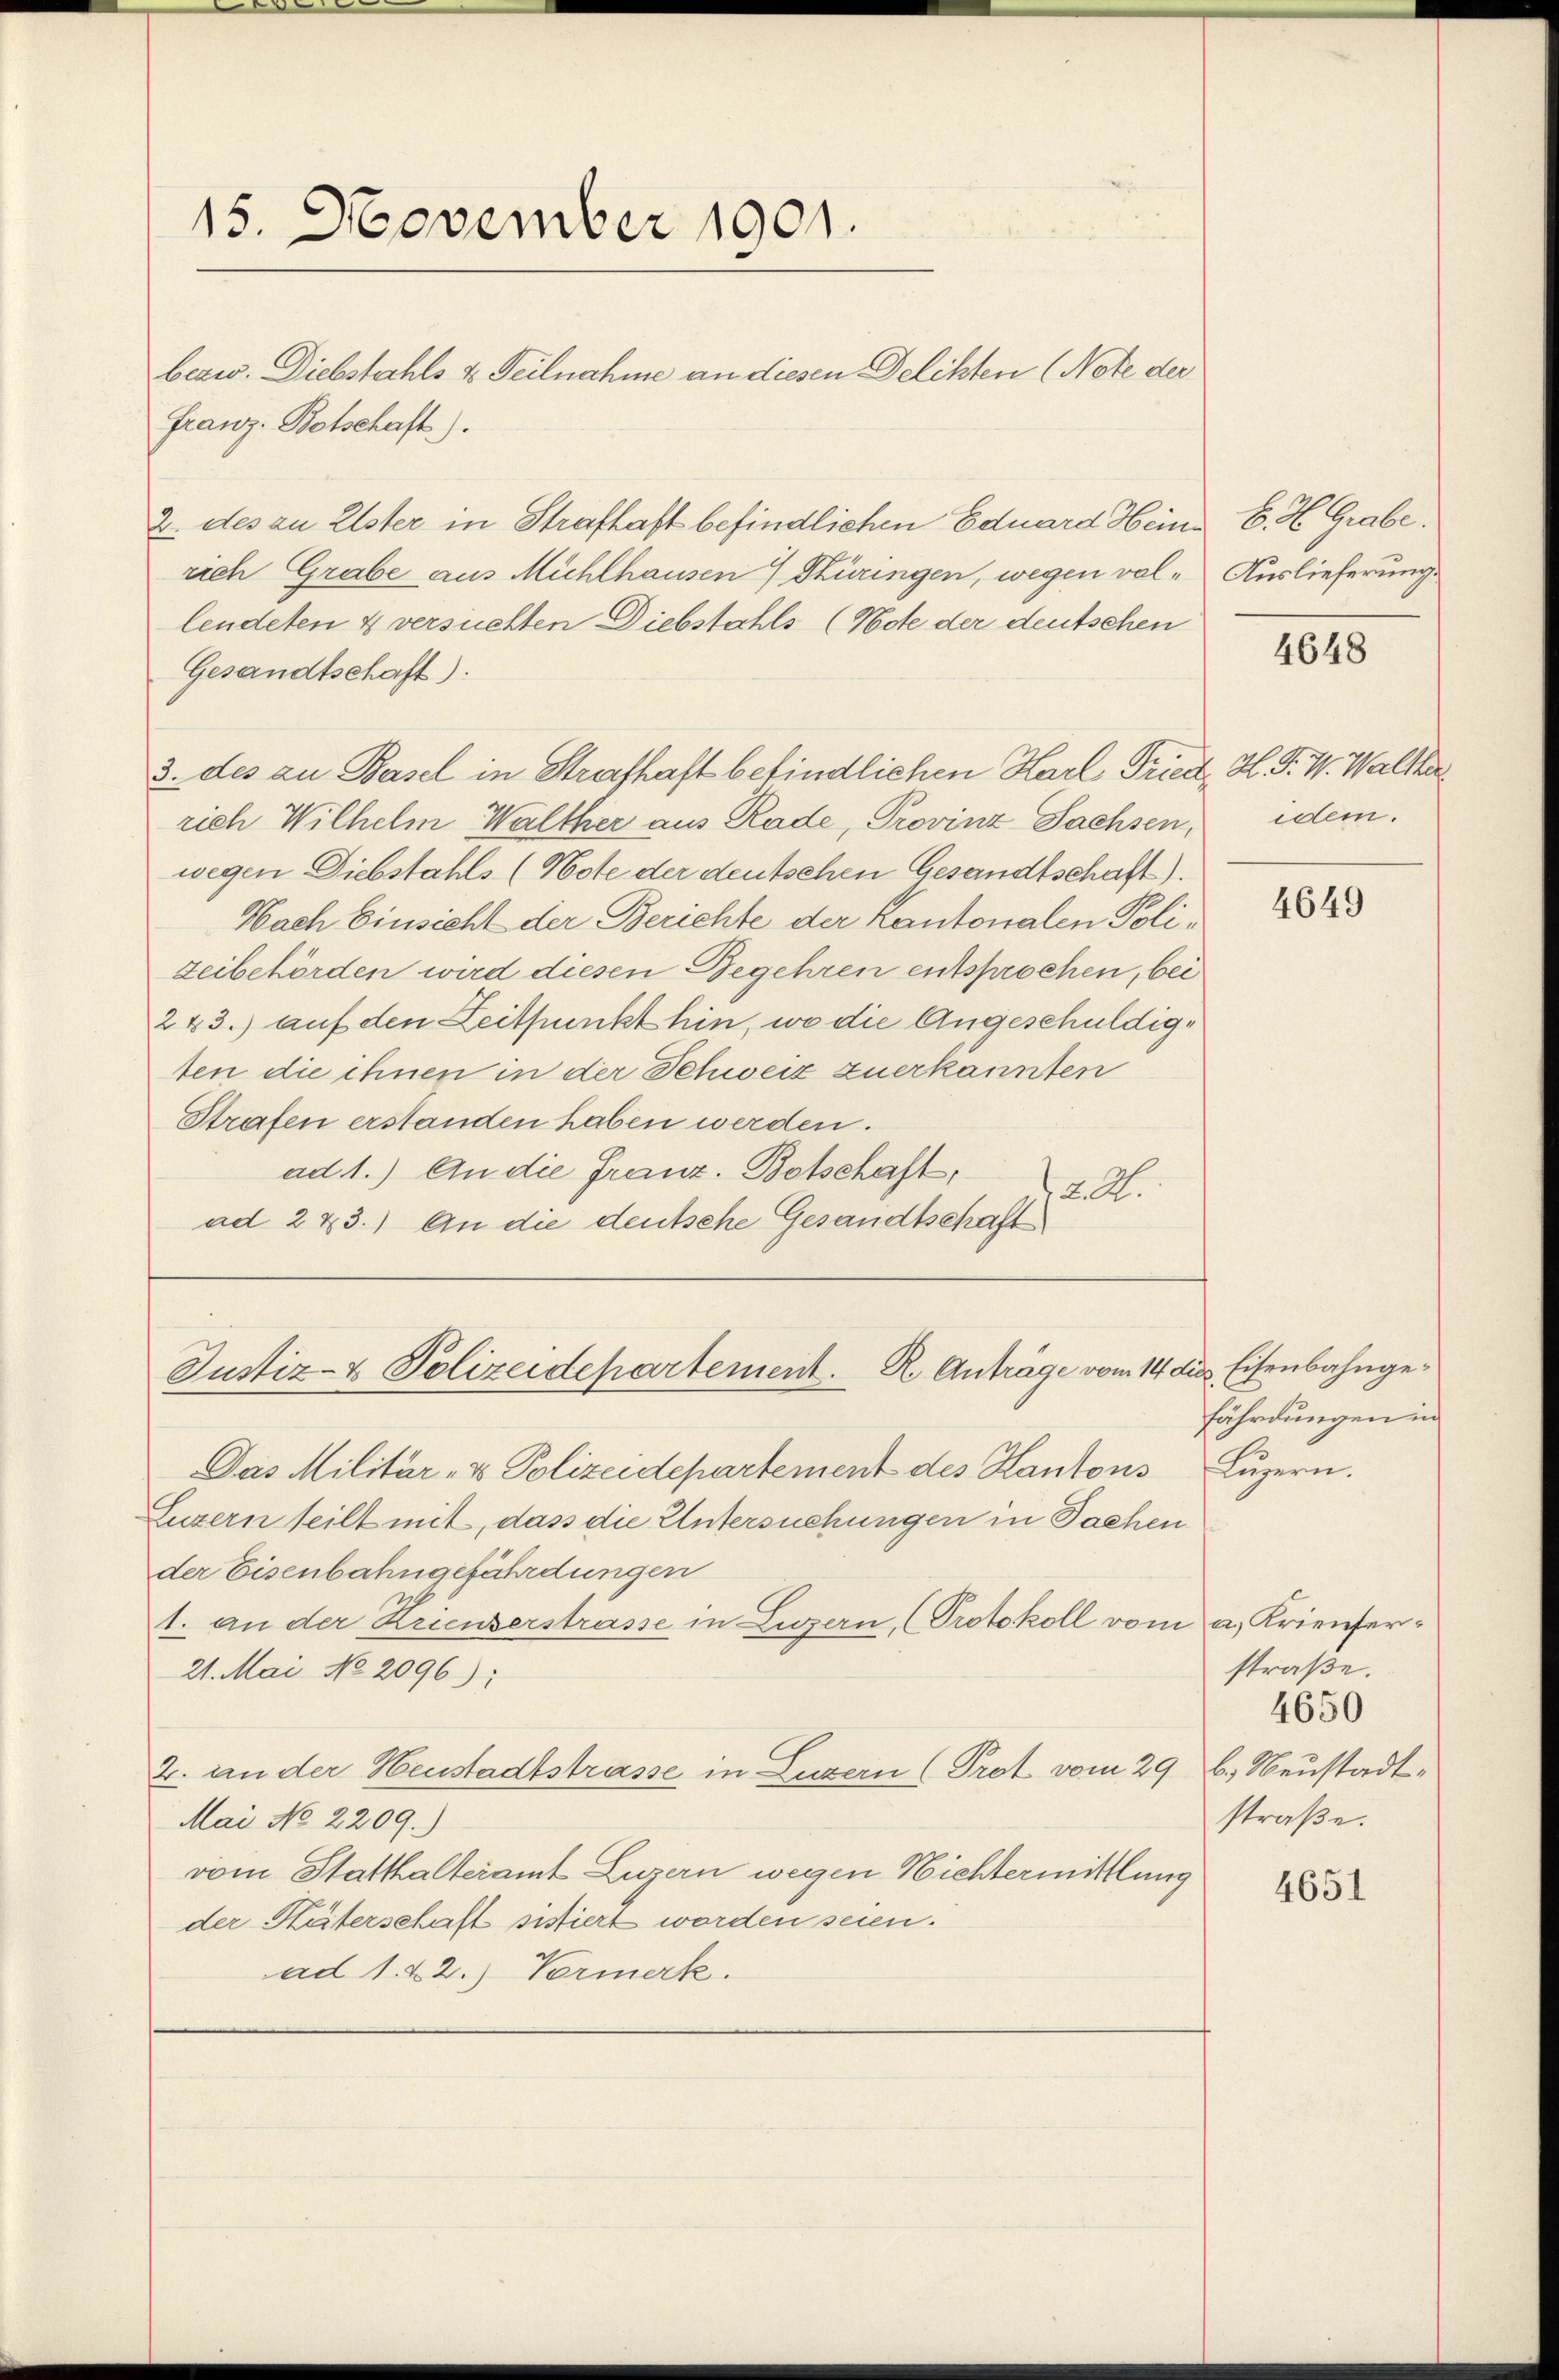
15. November 1901.

bezw. Diebstahls u. Teilnahme an diesen Delikten (Note der
Franz. Botschaft).
2. des zu Elster in Strafhaft befindlichen Eduard Heinrich Grabe aus Mühlhausen  Süringen, wegen vollendeten 4 versuchten Diebstahls (Note der deutschen
Gesandtschaft).
3. des an Basel in Strafhaft befindlichen Karl Friedt, H. P. V. Walther
rich Wilhelm Walther aus Rade, Provinz-Sachsen,
wegen Diebstahls (Note der deutschen Gesandtschaft).
Nach Einsicht der Berichte der Kantonalen Poliseibehörden wird diesen Begehren entsprochen, bei
283.) auf den Zeitpunkt hin, wo die Angeschuldigten die ihnen in der Schweiz zuerkannten
Strafen erstanden haben werden.
ad 1.) An die Franz-Botschaft,
12. A.
ad 2 & 3.) An die deutsche Gesandtschaft

Justiz- & Polizeidepartement. R. Anträge vom 14 die Eisenbahnge¬

Das Militär- & Polizeidepartement des Kantons Luzern.
Luzern teilt mit, dass die Untersuchungen in Sachen
der Eisenbahngefährdungen
1. an der Krienzerstrasse in Luzern, (Protokoll vom a. Krienfer¬
21. Mai No 2096):
2. an der Heustadtstrasse, in Luzern (Prot vom 29. b. Neustadt¬
Mai No 2209.)
vom Statthalteramt Luzern wegen Nichtermittlung
der Stäterschaft sistiert worden seien.
ad 1. 22.) Vormerk.

E. H. Grabe.
Auslieferung.

4648

dem.

4649

fährdungen in

straße.
4650
straße.

4651